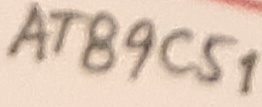
Text: AT89C51